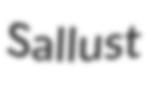
Sallust